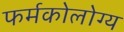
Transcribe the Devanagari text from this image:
फर्मकोलोग्य